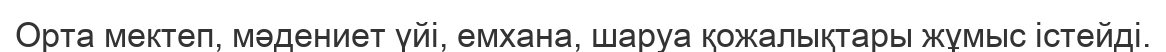
Орта мектеп, мәдениет үйі, емхана, шаруа қожалықтары жұмыс істейді.